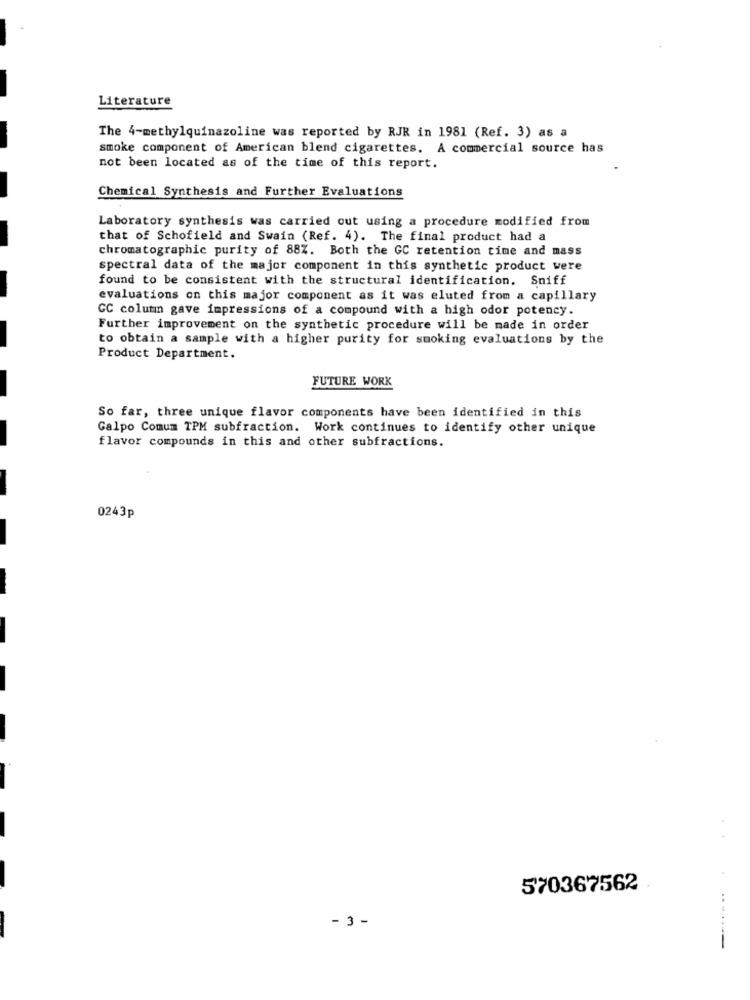
Literature
The 4-methylquinazoline was reported by RJR in 1981 (Ref. 3) as a
smoke component of American blend cigarettes. A commercial source has
not been located as of the time of this report.
Chemical Synthesis and Further Evaluations
Laboratory synthesis was carried out using a procedure modified from
that of Schofield and Swain (Ref. 4). The final product had a
chromatographic purity of 88%. Both the GC retention time and mass
spectral data of the major component in this synthetic product were
found to be consistent with the structural identification. Sniff
evaluations on this major component as it was eluted from a capillary
GC column gave impressions of a compound with a high odor potency.
Further improvement on the synthetic procedure will be made in order
to obtain a sample with a higher purity for smoking evaluations by the
Product Department.
FUTURE WORK
So far, three unique flavor components have been identified in this
Galpo Comum TPM subfraction. Work continues to identify other unique
flavor compounds in this and other subfractions.
0243p
570367562
- 3 -